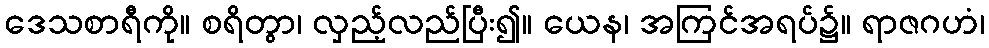
ဒေသစာရီကို။ စရိတွာ၊ လှည့်လည်ပြီး၍။ ယေန၊ အကြင်အရပ်၌။ ရာဇဂဟံ၊